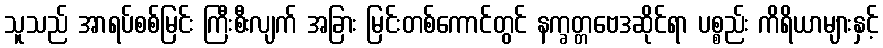
သူသည် အာရပ်စစ်မြင်း ကြီးစီးလျက် အခြား မြင်းတစ်ကောင်တွင် နက္ခတ္တဗေဒဆိုင်ရာ ပစ္စည်း ကိရိယာများနှင့်